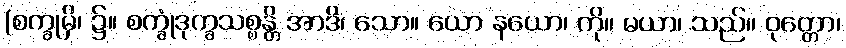
(စက္ခုမှိ၊ ၌။ စက္ခုံဒုက္ခသစ္စန္တိ အာဒိ၊ သော။ ယော နယော၊ ကို။ မယာ၊ သည်။ ဝုတ္တော၊